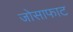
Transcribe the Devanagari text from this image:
जोसाफाट